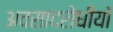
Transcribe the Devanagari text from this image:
अवसादरोधीयाँ